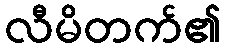
လီမိတက်၏